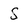
Character: S